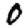
Digit: 0